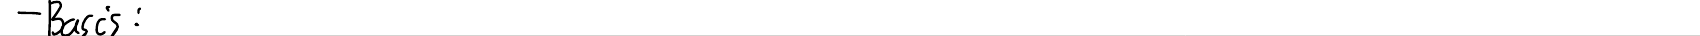
- Basis: